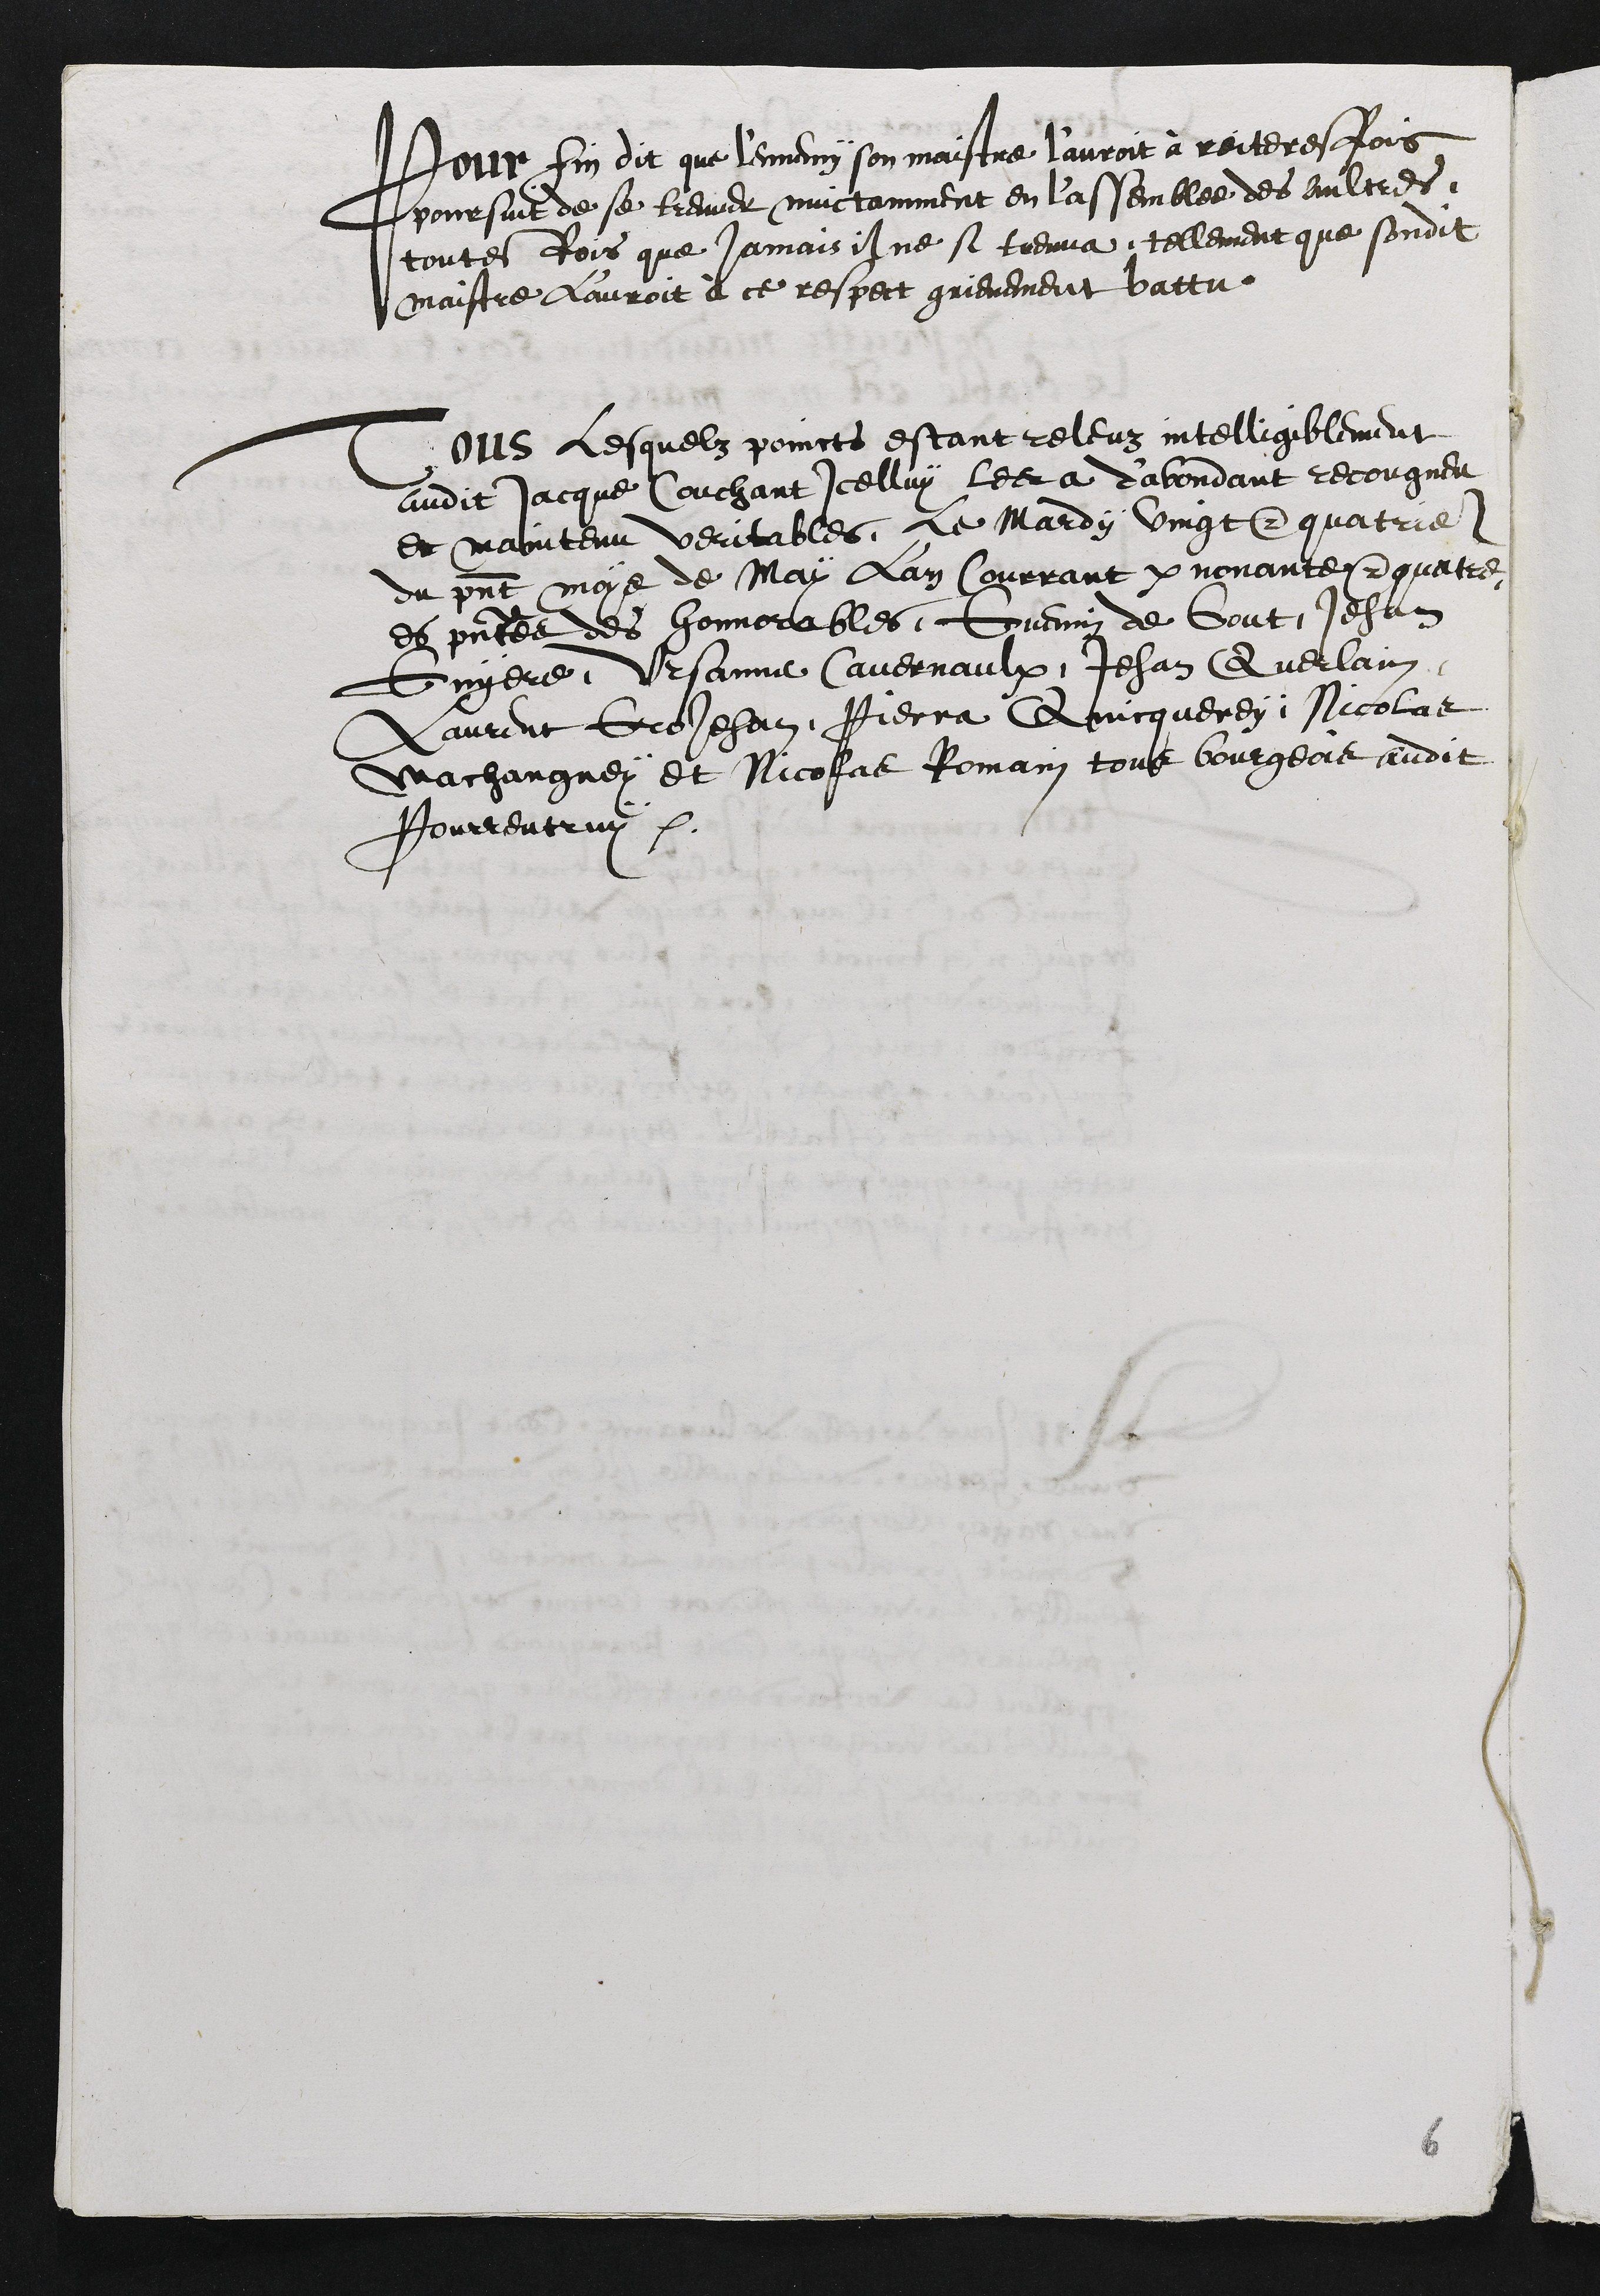
Pour fin dit que l'ennemy son maistre l'auroit à reiteresfois
poursuit de se treuver nuictamment en l'assemblee des aultres
toutesfois que jamais il ne se treuva tellement que sondit
maistre L'auroit à ce respect grievement battu.
Tous lesquelz poincts estant releuz intelligiblement
audit Jacque Couchant icelluy les a d'abondant recongneu
et maintenu veritables le Mardy vingt et quatrieme
du present moys de May Lan Courrant par nonante et quatre
es presences des honnorables Guenin de Gout, Jehan
Guyere, Ursanne Cavernaulx, Jehan Querlain
Laurent GroJehan, Pierra Quicquerey, Nicolas
Machangney et Nicolas Romain tous bourgeois audit
Pourrentruy

6